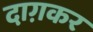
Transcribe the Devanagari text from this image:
दाग़कर